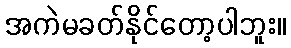
အကဲမခတ်နိုင်တော့ပါဘူး။